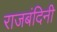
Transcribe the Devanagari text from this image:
राजबंदिनी